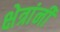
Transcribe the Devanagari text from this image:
क्षेत्रांनी